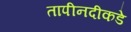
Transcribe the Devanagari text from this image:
तापीनदीकडे